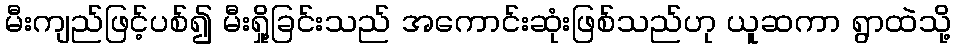
မီးကျည်ဖြင့်ပစ်၍ မီးရှို့ခြင်းသည် အကောင်းဆုံးဖြစ်သည်ဟု ယူဆကာ ရွာထဲသို့